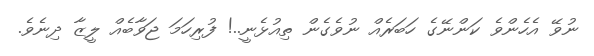
ނުވޭ އެހެންވެ ކަންނޭގެ ހަބަރެއް ނުވެގެން ތިއުޅެނީ..! ފުރިހަމަ ޖަވާބެއް ލީޒާ ދިނެވެ.